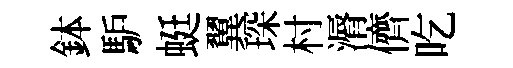
鉢馿蜓翼琛村漘儕吃